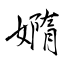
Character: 嫷